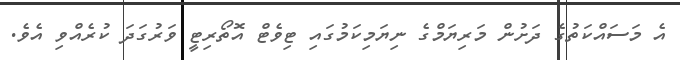
އެ މަސައްކަތުގެ ދަށުން މަރިޔަމްގެ ނިޔަމިކަމުގައި ޓިވެޓް އޮތޯރިޓީ ވަރުގަދަ ކުރެއްވި އެވެ.